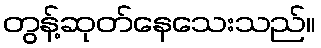
တွန့်ဆုတ်နေသေးသည်။